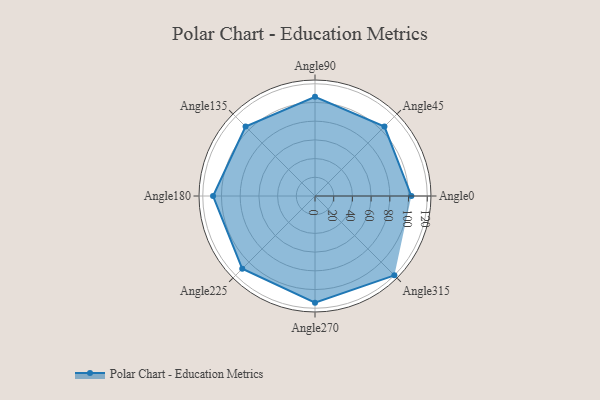
{"axis": {"x": "Angle", "y": "Radius"}, "legend": [""], "data": [{"x": "Angle0", "y": 103.0, "type": ""}, {"x": "Angle45", "y": 105.0, "type": ""}, {"x": "Angle90", "y": 106.0, "type": ""}, {"x": "Angle135", "y": 105.0, "type": ""}, {"x": "Angle180", "y": 109.0, "type": ""}, {"x": "Angle225", "y": 110.0, "type": ""}, {"x": "Angle270", "y": 114.0, "type": ""}, {"x": "Angle315", "y": 120.0, "type": ""}]}